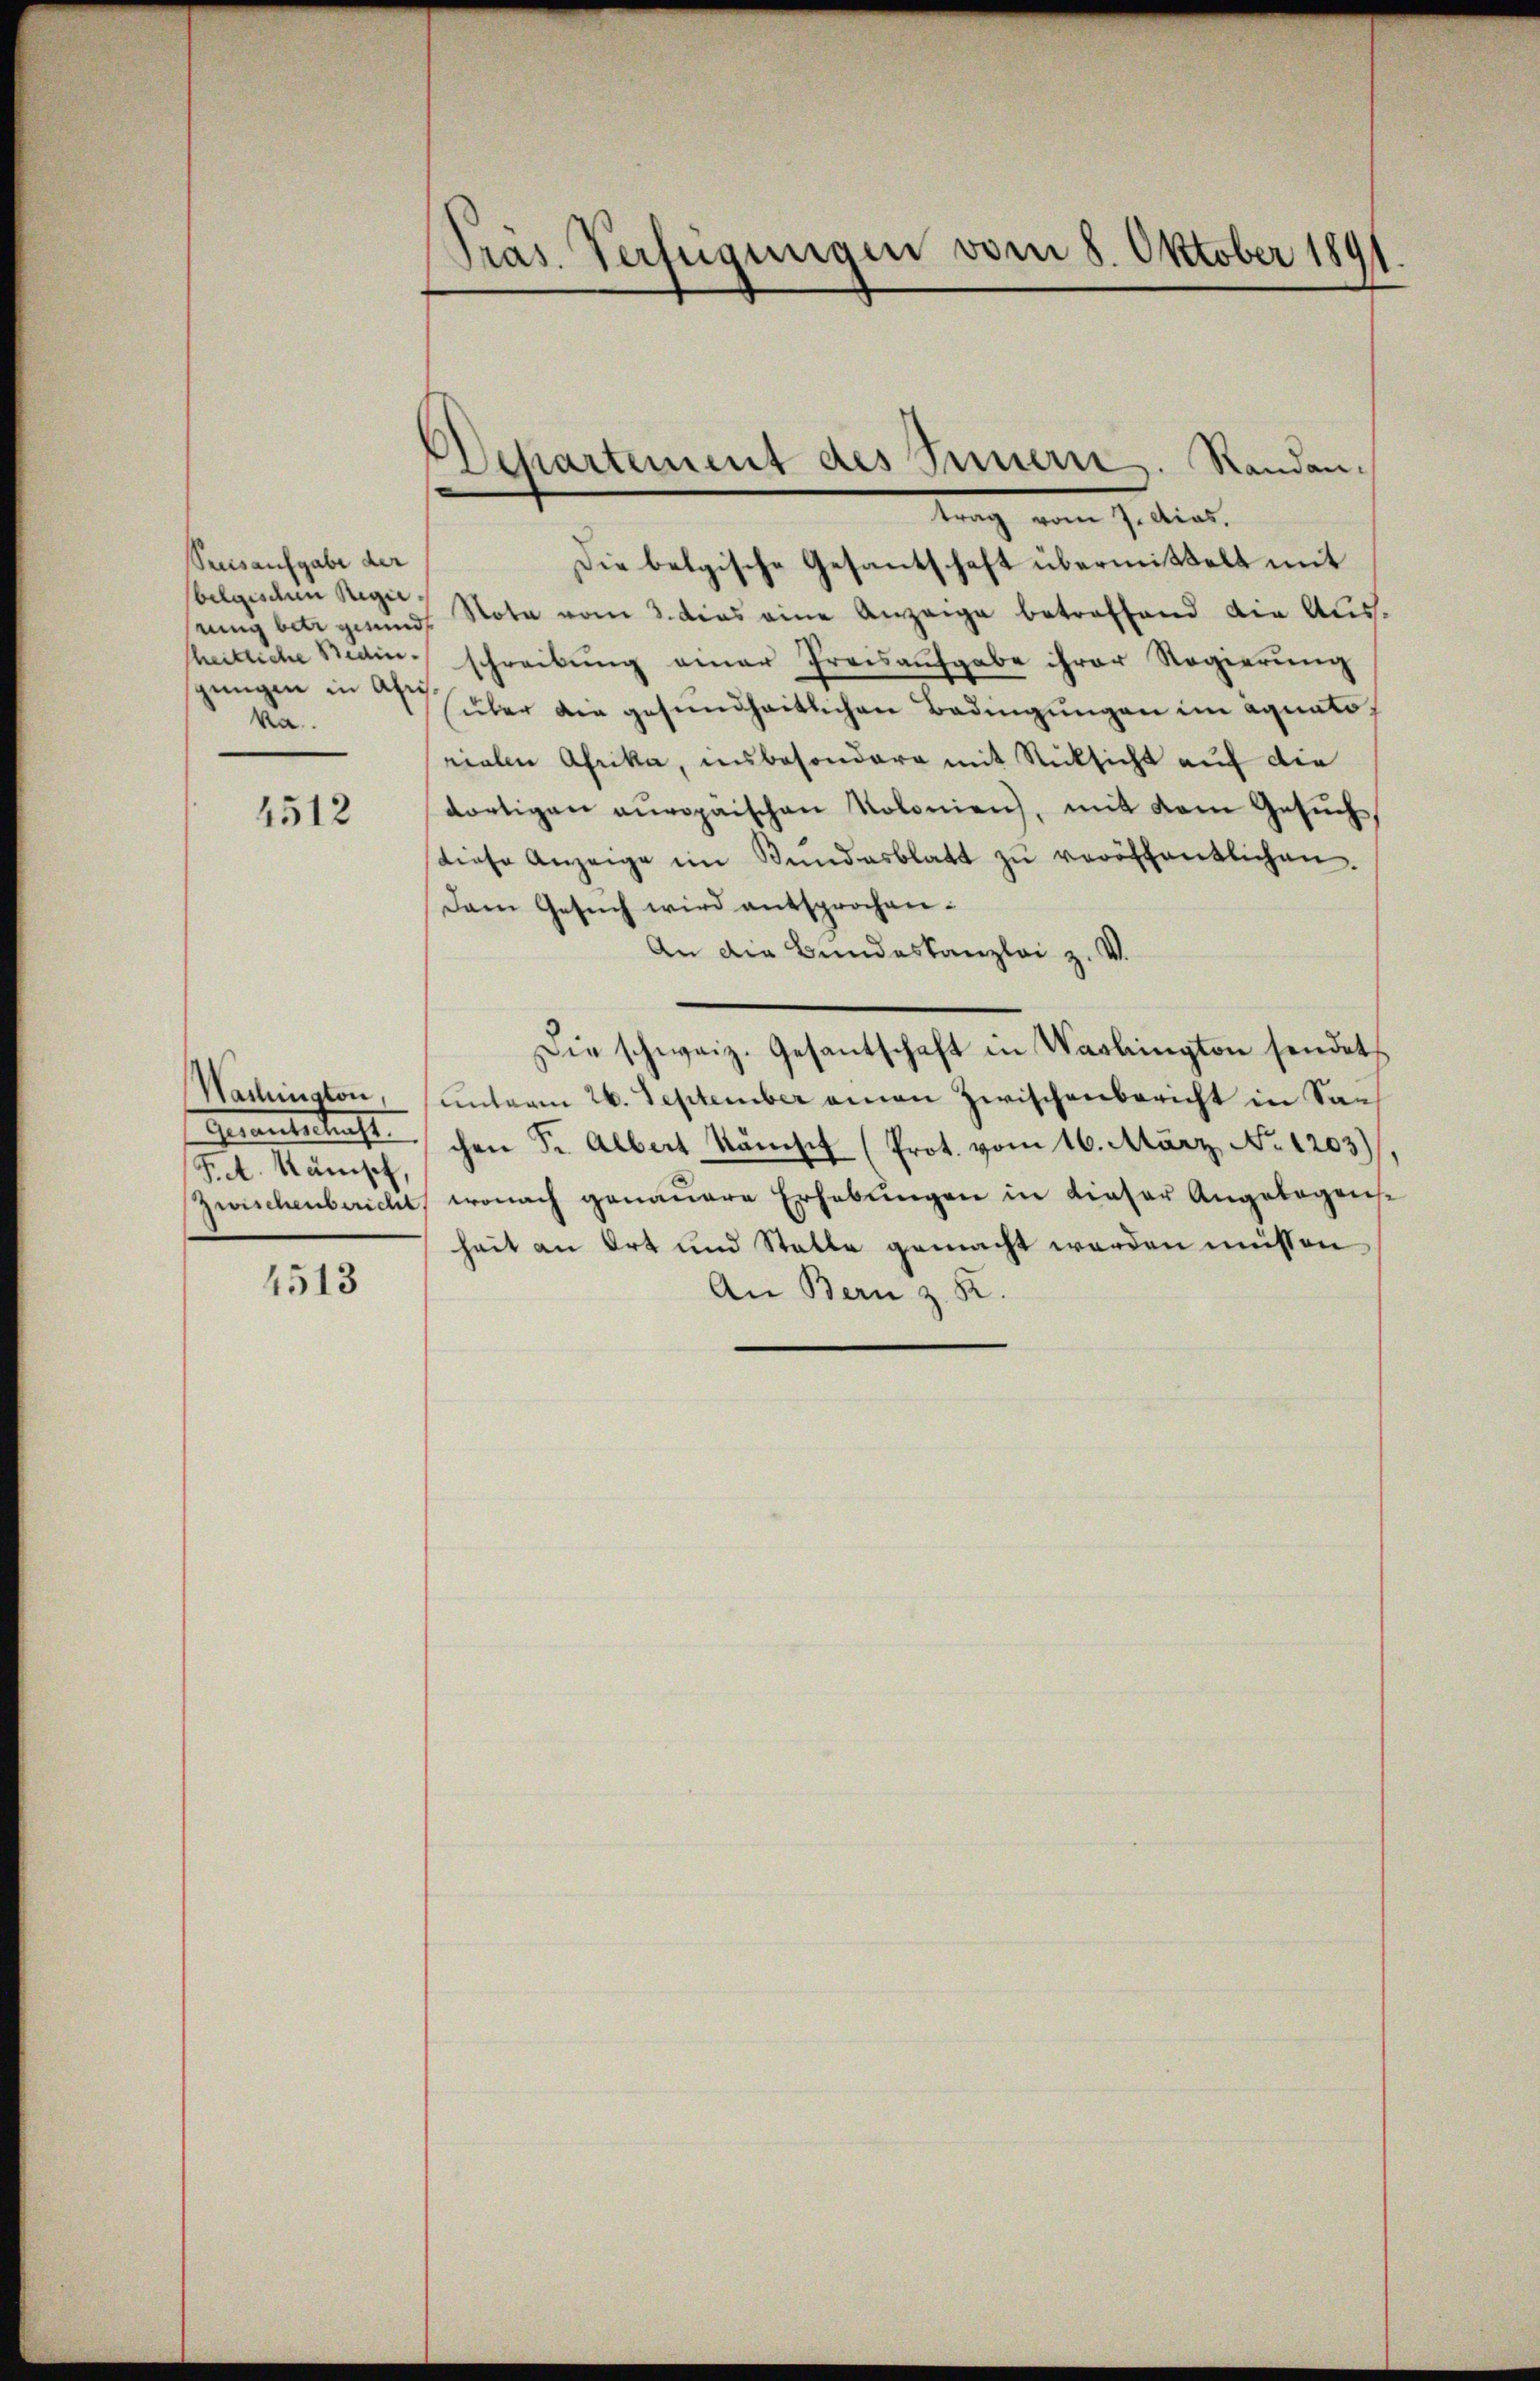
Sensaufgabe der
belgischen Regie
rung betr gesund
hheitliche Bedingungen in Abris.
va

4512

Genanteskraft
F.A. Känisch,
Zuschenbericht

4513

Pras. Verfügungen vom 8. Oktober 1891

Departement des Innern. Randantrag vom 7. dies.

Die belgische Gesantschaft übermittelt mit
Note vom 3. dies eine Anzeige betreffend die Aus-
schreibung einer Preisaufgabe ihrer Regierung
über die gesundheitlichen Bedingungen im Aquato
rialen Afrika, insbesondere mit Rücksicht auf die
dortigen auropäischen Kolonien), mit dem Gesuch,
diese Anzeige im Bŭndesblatt zŭ veröffentlichen.
Dem Gesuch wird entsprochen.
An die Bundeskanzlei z. V.
Die schweiz. Gesantschaft in Washington sendet
Wachinaton, unterm 26. September amen zwischenbericht in Sachen Sr. Albert kämst (Prot. vom 16. März, No. 1203)
wonach genauere Erhebungen in dieser Angelegenheit an Ort und Stelle gemacht werden müssen,
An Bern z. B